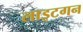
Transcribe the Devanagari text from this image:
लाइटगन